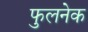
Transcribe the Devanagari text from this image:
फुलनेक